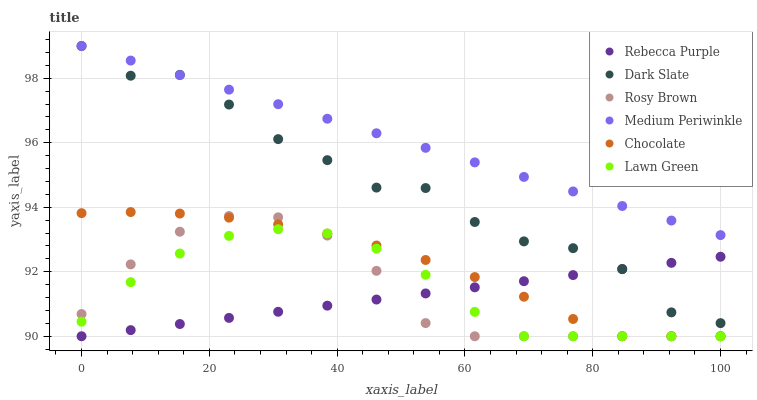
| xaxis_label | Rebecca Purple | Dark Slate | Rosy Brown | Medium Periwinkle | Chocolate | Lawn Green |
 | --- | --- | --- | --- | --- | --- | --- |
 | 0 | 90 | 99 | 90.7 | 99 | 93.8 | 90.5 |
 | 7.69 | 90.2 | 98.1 | 92.2 | 98.5 | 93.9 | 91.7 |
 | 15.4 | 90.4 | 98.1 | 93.2 | 98.1 | 93.8 | 92.6 |
 | 23.1 | 90.6 | 97.2 | 93.7 | 97.6 | 93.7 | 93.1 |
 | 30.8 | 90.8 | 96.1 | 93.7 | 97.2 | 93.5 | 93.3 |
 | 38.5 | 90.9 | 95.5 | 93.1 | 96.7 | 93.2 | 93.2 |
 | 46.2 | 91.1 | 94.6 | 92 | 96.3 | 92.8 | 92.7 |
 | 53.8 | 91.3 | 94.6 | 90.4 | 95.8 | 92.4 | 91.9 |
 | 61.5 | 91.5 | 93.5 | 90 | 95.4 | 91.8 | 90.8 |
 | 69.2 | 91.7 | 92.9 | 90 | 94.9 | 91.2 | 90 |
 | 76.9 | 91.9 | 92.7 | 90 | 94.5 | 90.5 | 90 |
 | 84.6 | 92.1 | 92.1 | 90 | 94 | 90 | 90 |
 | 92.3 | 92.3 | 90.7 | 90 | 93.6 | 90 | 90 |
 | 100 | 92.5 | 90.4 | 90 | 93.1 | 90 | 90 |